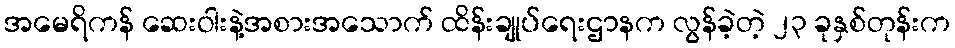
အမေရိကန် ဆေးဝါးနဲ့အစားအသောက် ထိန်းချုပ်ရေးဌာနက လွန်ခဲ့တဲ့ ၂၃ ခုနှစ်တုန်းက